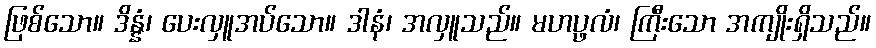
ဖြစ်သော။ ဒိန္နံ၊ ပေးလှူအပ်သော။ ဒါနံ၊ အလှူသည်။ မဟပ္ဖလံ၊ ကြီးသော အကျိုးရှိသည်။